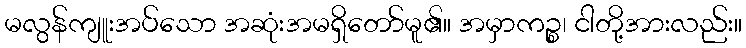
မလွန်ကျူးအပ်သော အဆုံးအမရှိတော်မူ၏။ အမှာကဉ္စ၊ ငါတို့အားလည်း။